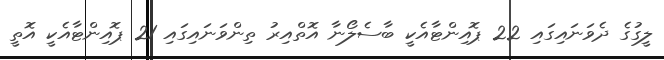
ލީގުގެ ދެވަނައިގައި 22 ޕޮއިންޓާއެކީ ބާސެލޯނާ އޮތްއިރު ތިންވަނައިގައި 21 ޕޮއިންޓާއެކީ އޮތީ